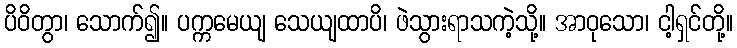
ပိဝိတွာ၊ သောက်၍။ ပက္ကမေယျ သေယျထာပိ၊ ဖဲသွားရာသကဲ့သို့။ အာဝုသော၊ ငါ့ရှင်တို့။